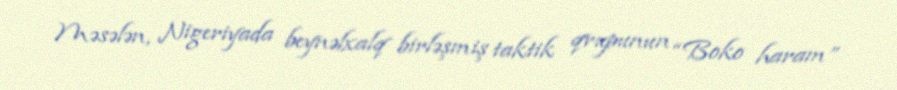
Məsələn, Nigeriyada beynəlxalq birləşmiş taktik qrupunun “Boko haram”